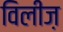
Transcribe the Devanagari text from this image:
विलीज़